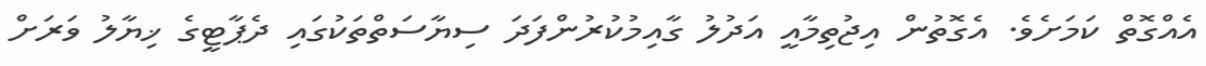
އެއްގޮތް ކަމަށެވެ. އެގޮތުން އިޖުތިމާއީ އަދުލު ގާއިމުކުރުންފަދަ ސިޔާސަތްތަކުގައި ދެޕާޓީގެ ޚިޔާލު ވަރަށް